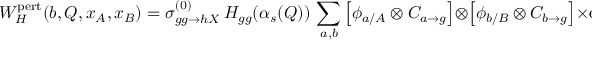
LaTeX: W _ { H } ^ { \mathrm { p e r t } } ( b , Q , x _ { A } , x _ { B } ) = \sigma _ { g g \rightarrow h X } ^ { ( 0 ) } \, H _ { g g } ( \alpha _ { s } ( Q ) ) \, \sum _ { a , b } \left[ \phi _ { a / A } \otimes C _ { a \rightarrow g } \right] \otimes \left[ \phi _ { b / B } \otimes C _ { b \rightarrow g } \right] \times \mathrm { e } ^ { - S ( b , Q ) } ,